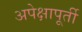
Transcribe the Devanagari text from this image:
अपेक्षापूर्ती